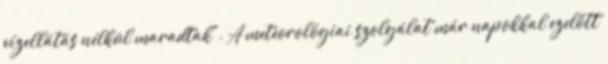
vízellátás nélkül maradtak". A meteorológiai szolgálat már napokkal ezelőtt